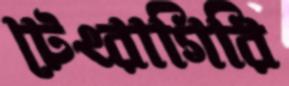
টেংরাগিরি